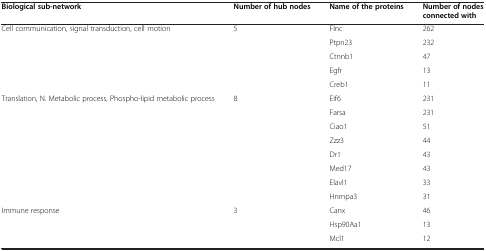
<table><thead><tr><td><b>Biological sub-network</b></td><td><b>Number of hub nodes</b></td><td><b>Name of the proteins</b></td><td><b>Number of nodes connected with</b></td></tr></thead><tbody><tr><td rowspan="5">Cell communication, signal transduction, cell motion</td><td rowspan="5">5</td><td>Flnc</td><td>262</td></tr><tr><td>Ptpn23</td><td>232</td></tr><tr><td>Ctnnb1</td><td>47</td></tr><tr><td>Egfr</td><td>13</td></tr><tr><td>Creb1</td><td>11</td></tr><tr><td rowspan="8">Translation, N. Metabolic process, Phospho-lipid metabolic process</td><td rowspan="8">8</td><td>Eif6</td><td>231</td></tr><tr><td>Farsa</td><td>231</td></tr><tr><td>Ciao1</td><td>51</td></tr><tr><td>Zzz3</td><td>44</td></tr><tr><td>Dr1</td><td>43</td></tr><tr><td>Med17</td><td>43</td></tr><tr><td>Elavl1</td><td>33</td></tr><tr><td>Hnrnpa3</td><td>31</td></tr><tr><td rowspan="3">Immune response</td><td rowspan="3">3</td><td>Canx</td><td>46</td></tr><tr><td>Hsp90Aa1</td><td>13</td></tr><tr><td>Mcl1</td><td>12</td></tr></tbody></table>